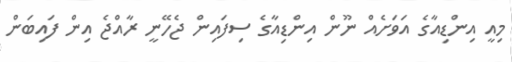
މިއީ އިންޑިއާގެ އަވަށެއް ނޫން އިންޑިއާގެ ސިފައިން ޖެހޭނީ ރާއްޖެ އިން ފައިބަން